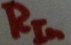
Text: RIn